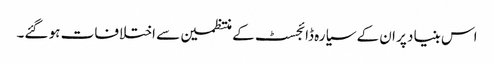
اس بنیاد پر ان کے سیارہ ڈائجسٹ کے منتظمین سے اختلافات ہو گئے۔